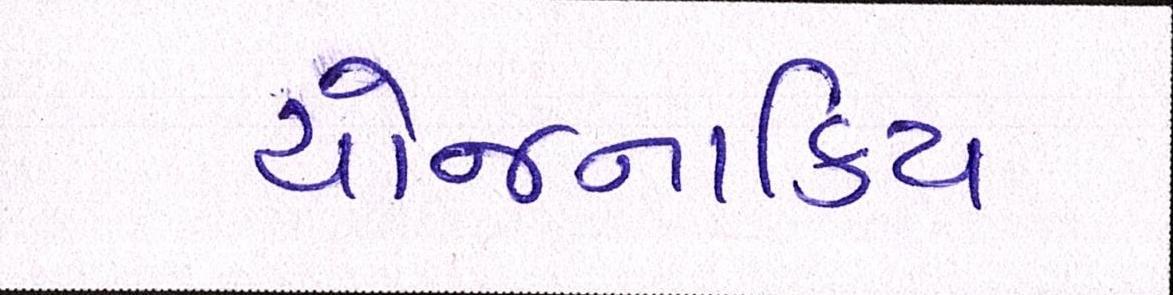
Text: યોજનાકિય